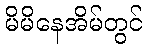
မိမိနေအိမ်တွင်